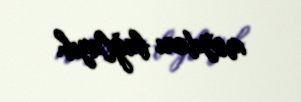
meydanı bağlayıb.